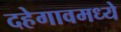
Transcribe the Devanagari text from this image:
दहेगावमध्ये